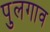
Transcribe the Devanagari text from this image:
पुलगाव